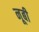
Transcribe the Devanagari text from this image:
नूबी